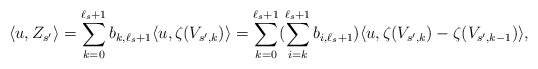
\begin{align*}\langle u , Z_{s'} \rangle = \sum_{k = 0}^{\ell_s + 1} b_{k,\ell_s + 1} \langle u , \zeta(V_{s',k}) \rangle = \sum_{k = 0}^{\ell_s + 1} (\sum_{i = k}^{\ell_s + 1} b_{i,\ell_s + 1})\langle u , \zeta(V_{s',k}) - \zeta(V_{s',k-1}) \rangle, \end{align*}